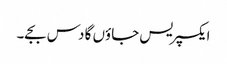
ایکسپریس جاؤں گا دس بجے۔